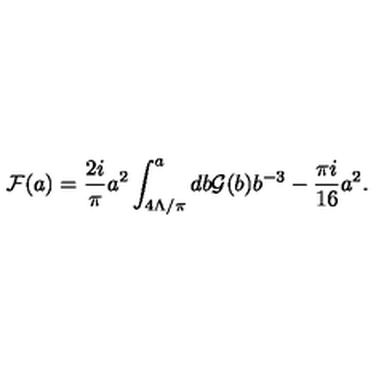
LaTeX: { \cal F } ( a ) = { \frac { 2 i } { \pi } } a ^ { 2 } \int _ { 4 \Lambda / \pi } ^ { a } d b { \cal G } ( b ) b ^ { - 3 } - { \frac { \pi i } { 1 6 } } a ^ { 2 } .